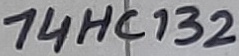
Text: 74HC132